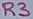
Text: R3